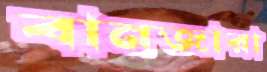
বানজারা